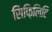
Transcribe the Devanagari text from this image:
सिफ़िलिटि